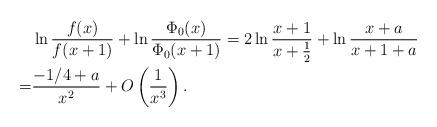
LaTeX: \begin{align*}&\ln \frac{f(x)}{f(x+1)}+\ln\frac{\Phi_0(x)}{\Phi_0(x+1)}=2\ln \frac{x+1}{x+\frac 12}+\ln\frac{x+a}{x+1+a}\\=&\frac{-1/4 + a}{x^2}+O\left(\frac{1}{x^3}\right).\end{align*}